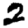
Digit: 2